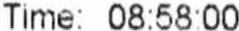
TIME: 08:58:00